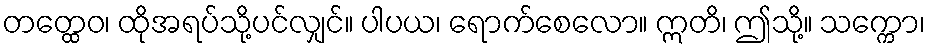
တတ္ထေဝ၊ ထိုအရပ်သို့ပင်လျှင်။ ပါပယ၊ ရောက်စေလော။ ဣတိ၊ ဤသို့။ သက္ကော၊